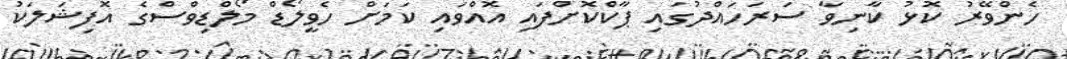
ހެންވޭރު ކޮޅު ކާނިވާ ސަރަހައްދުގައި ޕާކްކޮށްފައި އޮއްވައި ކަމަށް ހެވީލޯޑް މޯލްޑިވްސްގެ އޮފިޝަލަކު